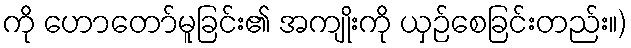
ကို ဟောတော်မူခြင်း၏ အကျိုးကို ယှဉ်စေခြင်းတည်း။)